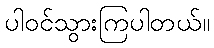
ပါဝင်သွားကြပါတယ်။